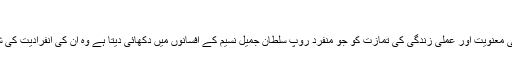
صفحہ ۱۶۶ )
زندگی کی حقیقی معنویت اور عملی زندگی کی تمازت کو جو منفرد روپ سلطان جمیل نسیم کے افسانوں میں دکھائی دیتا ہے وہ ان کی انفرادیت کی شاندار مثال ہے۔